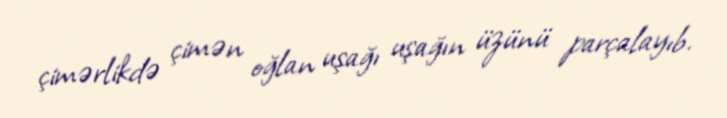
çimərlikdə çimən oğlan uşağı uşağın üzünü parçalayıb.